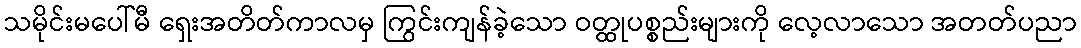
သမိုင်းမပေါ်မီ ရှေးအတိတ်ကာလမှ ကြွင်းကျန်ခဲ့သော ဝတ္ထုပစ္စည်းများကို လေ့လာသော အတတ်ပညာ